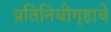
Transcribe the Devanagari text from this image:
प्रतिनिधीगृहाचे